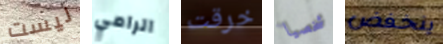
ليست الرامي خرقت شخصيا ينخفض